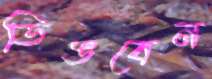
ডিঙবেন